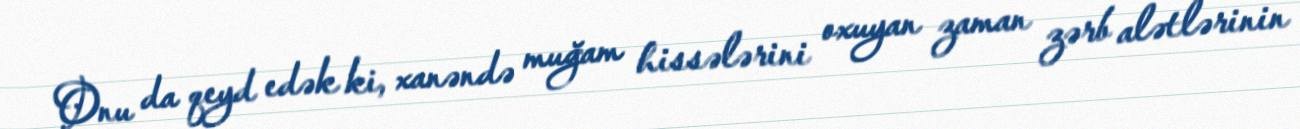
Onu da qeyd edək ki, xanəndə muğam hissələrini oxuyan zaman zərb alətlərinin